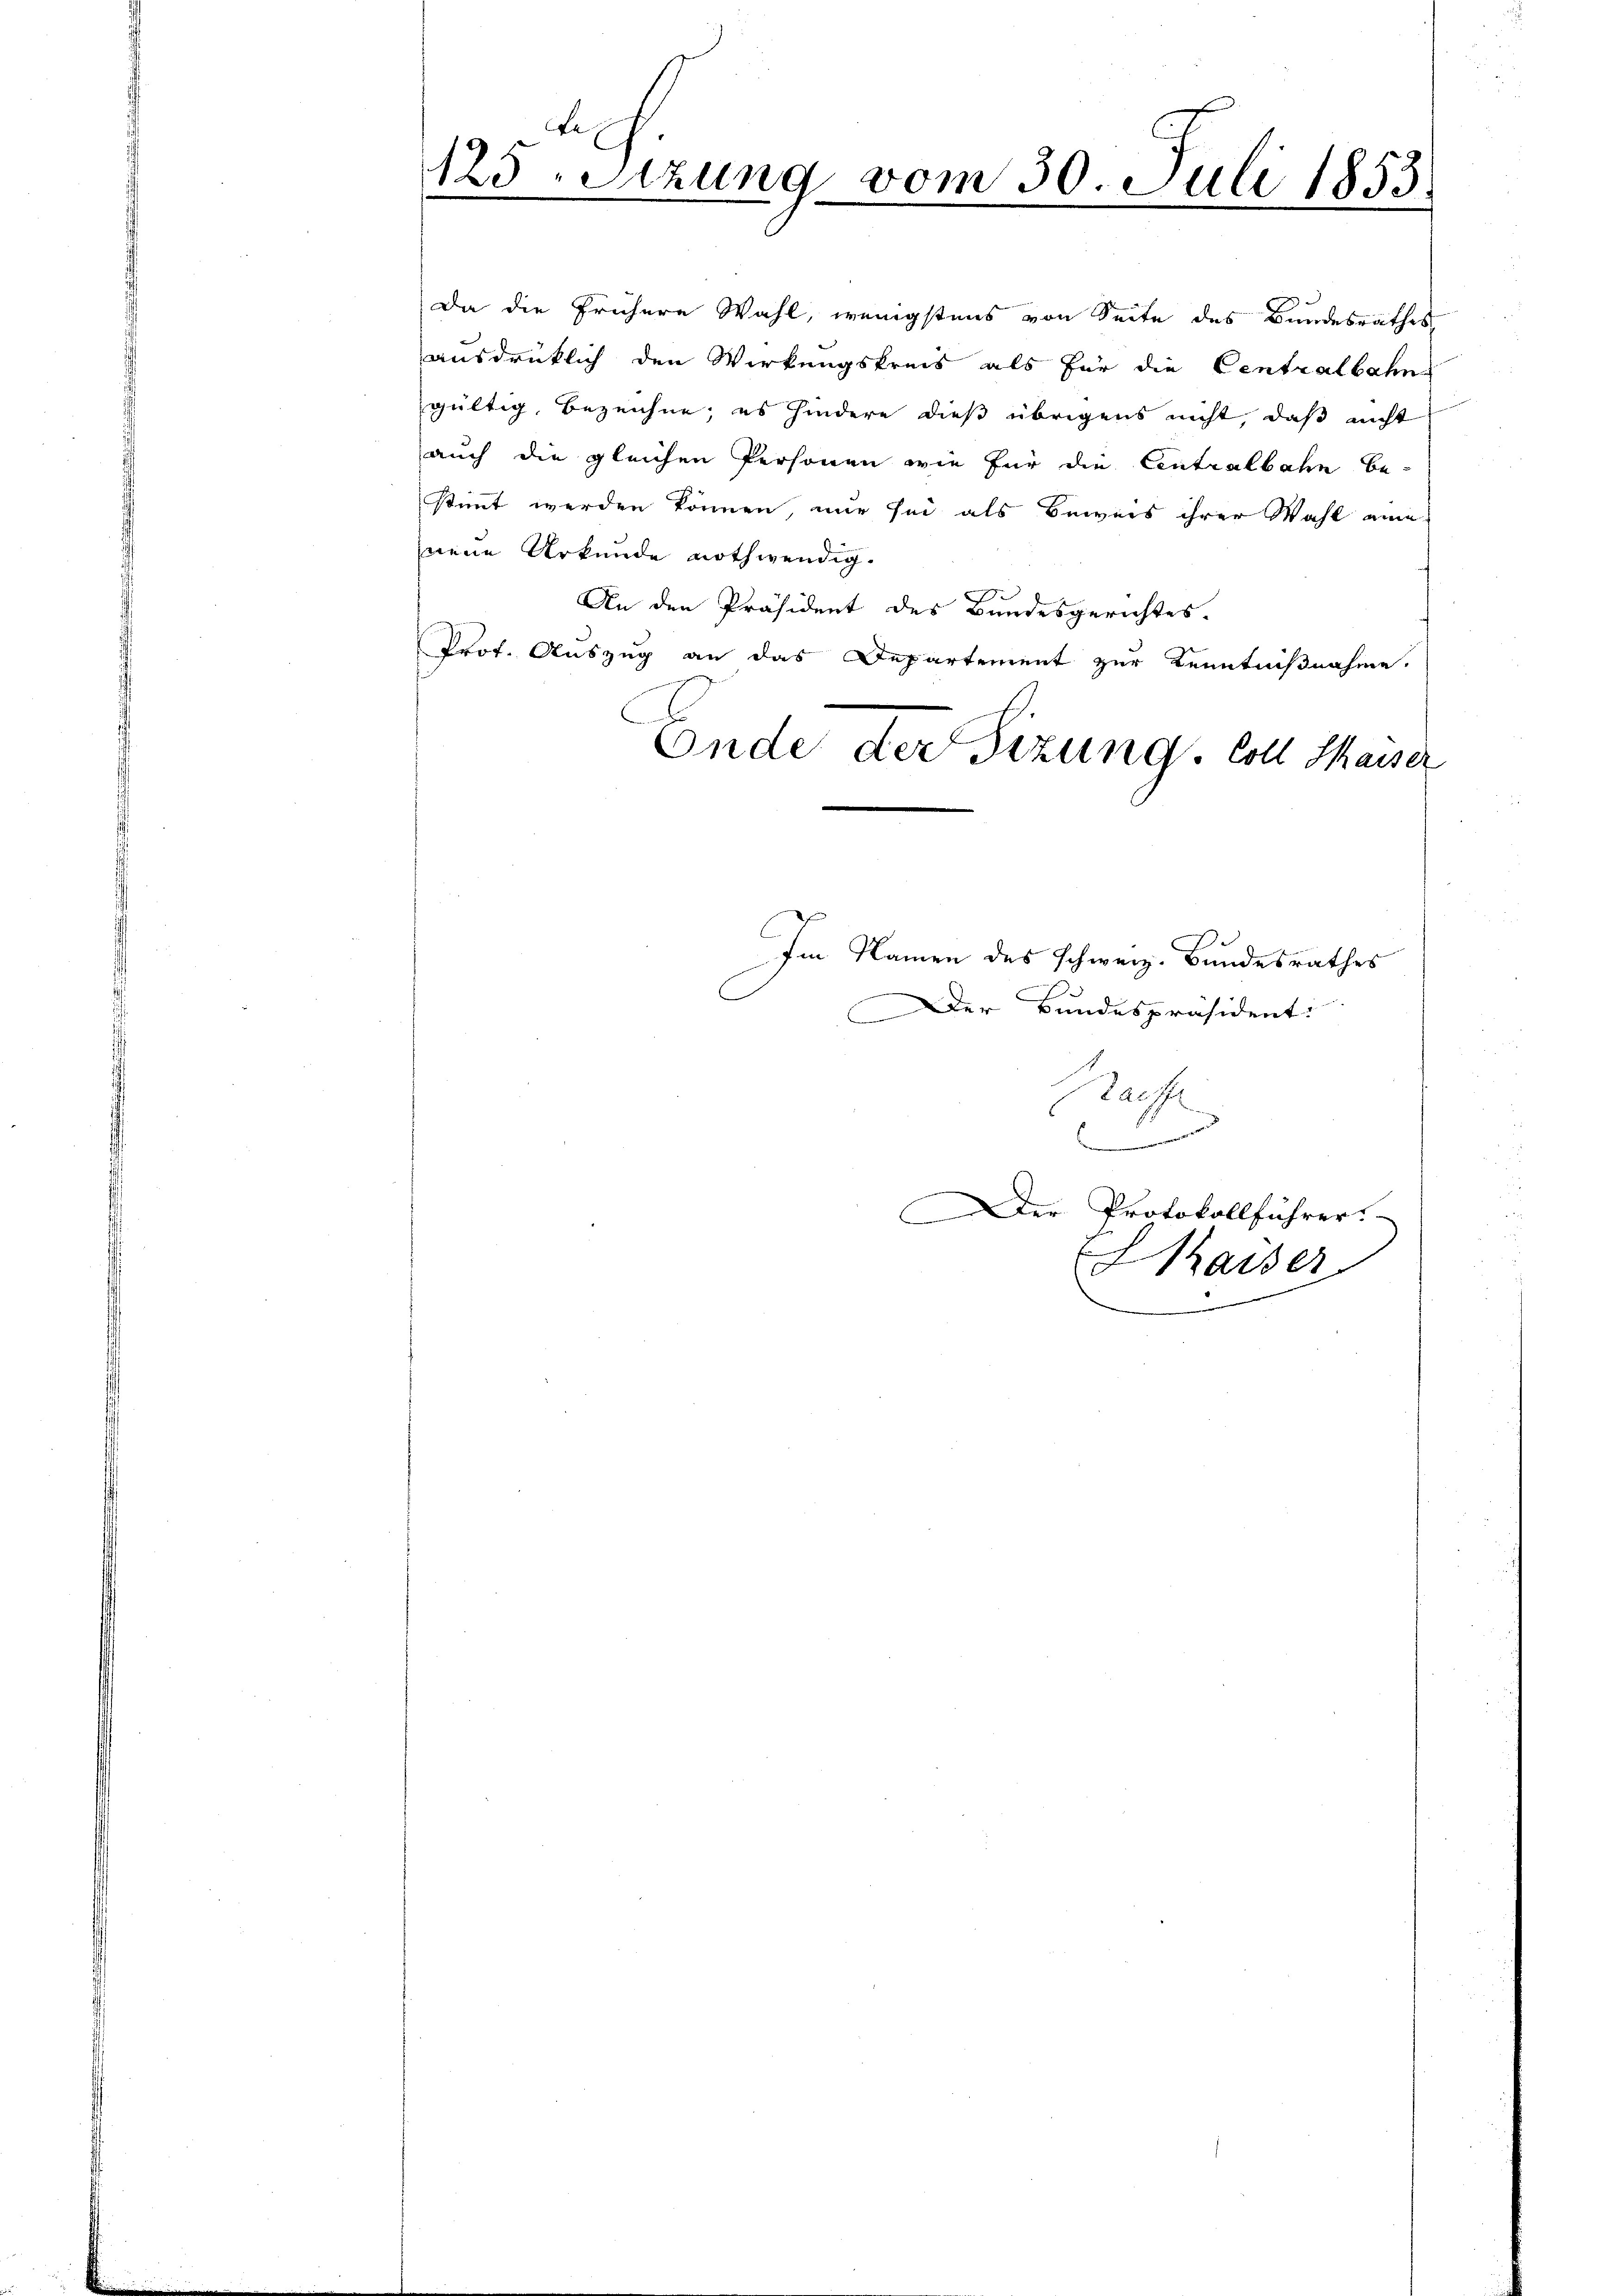
Da die frühere Wahl, wenigstens von Seite des Bundesrathes,
ausdrücklich den Wirkungskreis als für die Centralbahn
gültig, bezeichne, es hindere dieß übrigens nicht, daß nicht
auch die gleichen Personen wie für die Centralbahn be-
stimmt werden können, nur sei als Beweis ihrer Wahl eine
neue Urkunde nothwendig.
An den Präsident des Bundesgerichtes.
Prof. Auszug an das Departement zur Kenntnißnahme.
Im Namen des schweiz. Bundesrathes
er Bundespräsident:
Tasse
l
.
Der Protokollführer.
f
haiser

E
125. Sitzung vom 30. Juli 1853.
.

Ende der Sitzung. Coll Kaiser